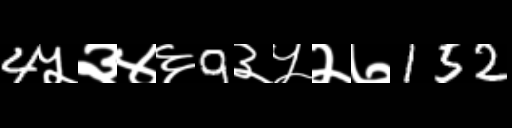
Text: 4५३४६9३५२७152